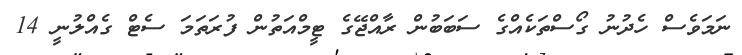
ނަމަވެސް ހެދުނު ގޯސްތަކެއްގެ ސަބަބުން ރާއްޖޭގެ ޓީމްއަތުން ފުރަތަމަ ސެޓް ގެއްލުނީ 14